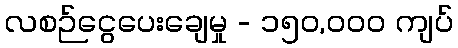
လစဉ်ငွေပေးချေမှု - ၁၅၀,၀၀၀ ကျပ်